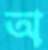
অ